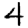
Digit: 4